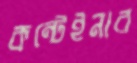
কন্টেইনার